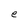
Character: e